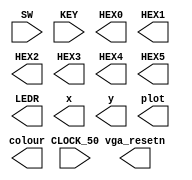
`timescale 1ns / 1ps
`default_nettype none

module main	(
	input wire CLOCK_50,            //On Board 50 MHz
	input wire [9:0] SW,            // On board Switches
	input wire [3:0] KEY,           // On board push buttons
	output wire [6:0] HEX0,         // HEX displays
	output wire [6:0] HEX1,         
	output wire [6:0] HEX2,         
	output wire [6:0] HEX3,         
	output wire [6:0] HEX4,         
	output wire [6:0] HEX5,         
	output wire [9:0] LEDR,         // LEDs
	output wire [7:0] x,            // VGA pixel coordinates
	output wire [6:0] y,
	output wire [2:0] colour,       // VGA pixel colour (0-7)
	output wire plot,               // Pixel drawn when this is pulsed
	output wire vga_resetn          // VGA resets to black when this is pulsed (NOT CURRENTLY AVAILABLE)
);    

	//Write code in here!
	
endmodule